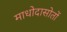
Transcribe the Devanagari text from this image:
माधोदासोतों